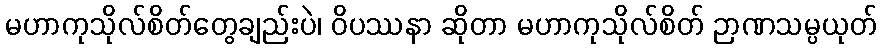
မဟာကုသိုလ်စိတ်တွေချည်းပဲ၊ ဝိပဿနာ ဆိုတာ မဟာကုသိုလ်စိတ် ဉာဏသမ္ပယုတ်